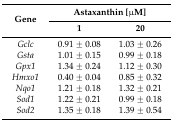
| <ROWSPAN=2> Gene | <COLSPAN=2> Astaxanthin [μM] |
 | 1 | 20 |
 | --- | --- | --- |
 | Gclc | 0.91 ± 0.08 | 1.03 ± 0.26 |
 | Gsta | 1.01 ± 0.15 | 0.99 ± 0.18 |
 | Gpx1 | 1.34 ± 0.24 | 1.12 ± 0.30 |
 | Hmxo1 | 0.40 ± 0.04 | 0.85 ± 0.32 |
 | Nqo1 | 1.21 ± 0.18 | 1.32 ± 0.21 |
 | Sod1 | 1.22 ± 0.21 | 0.99 ± 0.18 |
 | Sod2 | 1.35 ± 0.18 | 1.39 ± 0.54 |